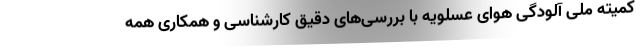
کمیته ملی آلودگی هوای عسلویه با بررسی‌های دقیق کارشناسی و همکاری همه